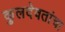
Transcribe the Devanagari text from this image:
कुलदेवतांचा